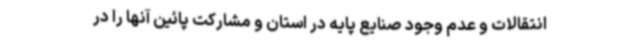
انتقالات و عدم وجود صنایع پایه در استان و مشارکت پائین آنها را در